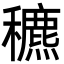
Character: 穮